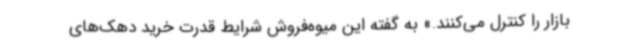
بازار را کنترل می‌کنند.» به گفته این میوه‌فروش شرایط قدرت خرید دهک‌های